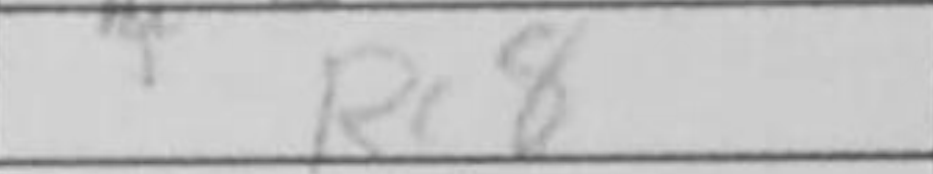
Transcription: Rc8